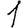
Digit: 1